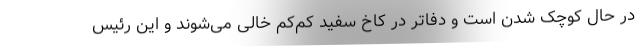
در حال کوچک شدن است و دفاتر در کاخ سفید کم‌کم خالی می‌شوند و این رئیس